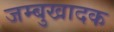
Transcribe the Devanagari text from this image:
जम्बुखादक